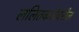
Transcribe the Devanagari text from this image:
ललितकलेवरील